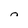
Character: n